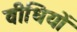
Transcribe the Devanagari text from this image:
वीधियों